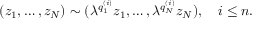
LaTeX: ( z _ { 1 } , \ldots , z _ { N } ) \sim ( \lambda ^ { q _ { 1 } ^ { ( i ) } } z _ { 1 } , \ldots , \lambda ^ { q _ { N } ^ { ( i ) } } z _ { N } ) , ~ ~ ~ i \le n .